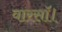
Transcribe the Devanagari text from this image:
वारसॉ।